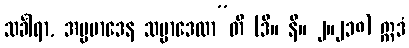
သင်္ခါရာ, အပ္ပမာဒေန သမ္ပာဒေထာ”တိ (ဒီ။ နိ။ ၂။၂၁၈) ဣဒံ